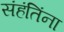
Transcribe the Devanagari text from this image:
संहंतिंना